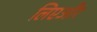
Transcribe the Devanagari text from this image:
लिएऔर